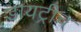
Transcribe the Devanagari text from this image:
डायट्रीच